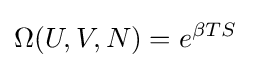
\Omega (U,V,N)=e^{\beta TS}\;